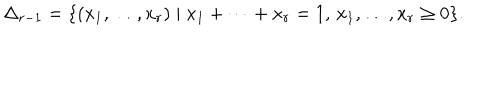
LaTeX: \Delta _ { r - 1 } = \{ ( x _ { 1 } , \dots , x _ { r } ) \mid x _ { 1 } + \cdots + x _ { r } = 1 , \, x _ { 1 } , \dots , x _ { r } \geq 0 \} .